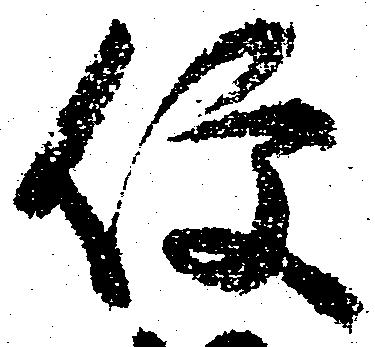
便